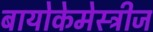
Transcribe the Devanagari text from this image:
बायोकेमेस्ट्रीज